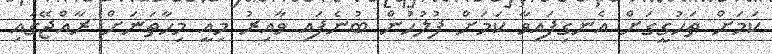
ކަމަށް ތަހުގީގަށް އެނގިފައިވާ ކަމަށް ފުލުހުން ބުނެފައި ވާއިރު މިއީ މިހާތަނަށް ރާއްޖޭގައި